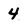
Character: 4